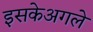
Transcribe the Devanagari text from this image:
इसकेअगले